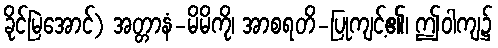
ခိုင်မြဲအောင်) အတ္တာနံ-မိမိကို၊ အာစရတိ-ပြုကျင့်၏၊ ဤဝါကျ၌